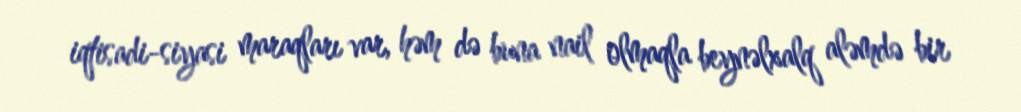
iqtisadi-siyasi maraqları var, həm də buna nail olmaqla beynəlxalq aləmdə bir